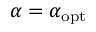
\alpha = \alpha _ { \mathrm { o p t } }